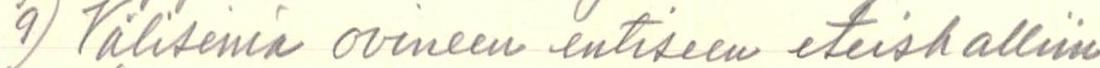
9) Viliseinä ovineen entiseen eteishalliin